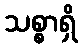
သစ္စာရှိ